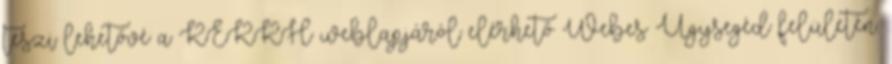
teszi lehetővé a KEKKH weblapjáról elérhető Webes Ügysegéd felületén.